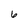
Character: 6